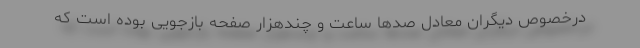
درخصوص دیگران معادل صد‌ها ساعت و چندهزار صفحه بازجویی بوده است که